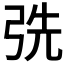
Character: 𢏡